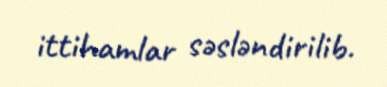
ittihamlar səsləndirilib.